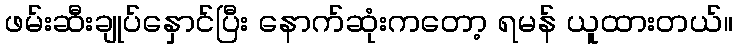
ဖမ်းဆီးချုပ်နှောင်ပြီး နောက်ဆုံးကတော့ ရမန် ယူထားတယ်။